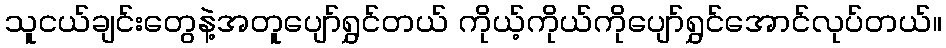
သူငယ်ချင်းတွေနဲ့အတူပျော်ရွှင်တယ် ကိုယ့်ကိုယ်ကိုပျော်ရွှင်အောင်လုပ်တယ်။